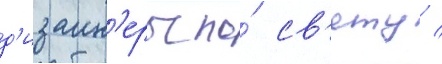
д'изаин'еры по́ св'ету /